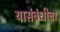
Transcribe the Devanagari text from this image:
यासंबंधीचा